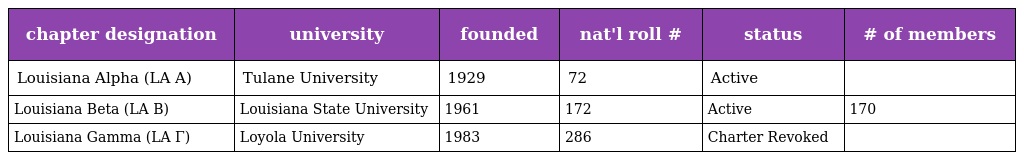
| chapter designation | university | founded | nat'l roll # | status | # of members |
 | --- | --- | --- | --- | --- | --- |
 | Louisiana Alpha (LA A) | Tulane University | 1929 | 72 | Active |  |
 | Louisiana Beta (LA B) | Louisiana State University | 1961 | 172 | Active | 170 |
 | Louisiana Gamma (LA Γ) | Loyola University | 1983 | 286 | Charter Revoked |  |